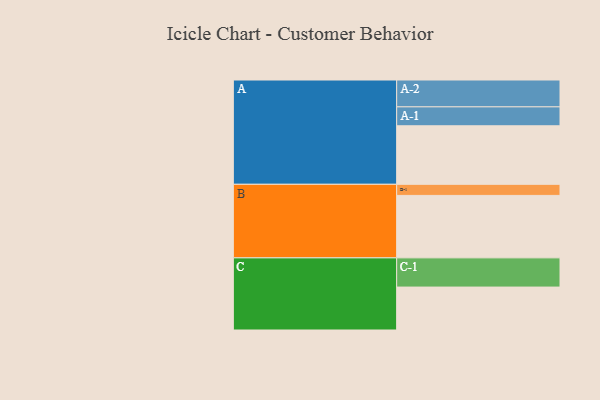
{"axis": {"x": "Segment", "y": "Value"}, "legend": ["", "A", "B", "C"], "data": [{"x": "A", "y": 495, "type": ""}, {"x": "B", "y": 528, "type": ""}, {"x": "C", "y": 363, "type": ""}, {"x": "A-1", "y": 160, "type": "A"}, {"x": "A-2", "y": 227, "type": "A"}, {"x": "B-1", "y": 94, "type": "B"}, {"x": "C-1", "y": 247, "type": "C"}]}